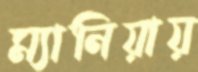
ম্যানিয়ায়